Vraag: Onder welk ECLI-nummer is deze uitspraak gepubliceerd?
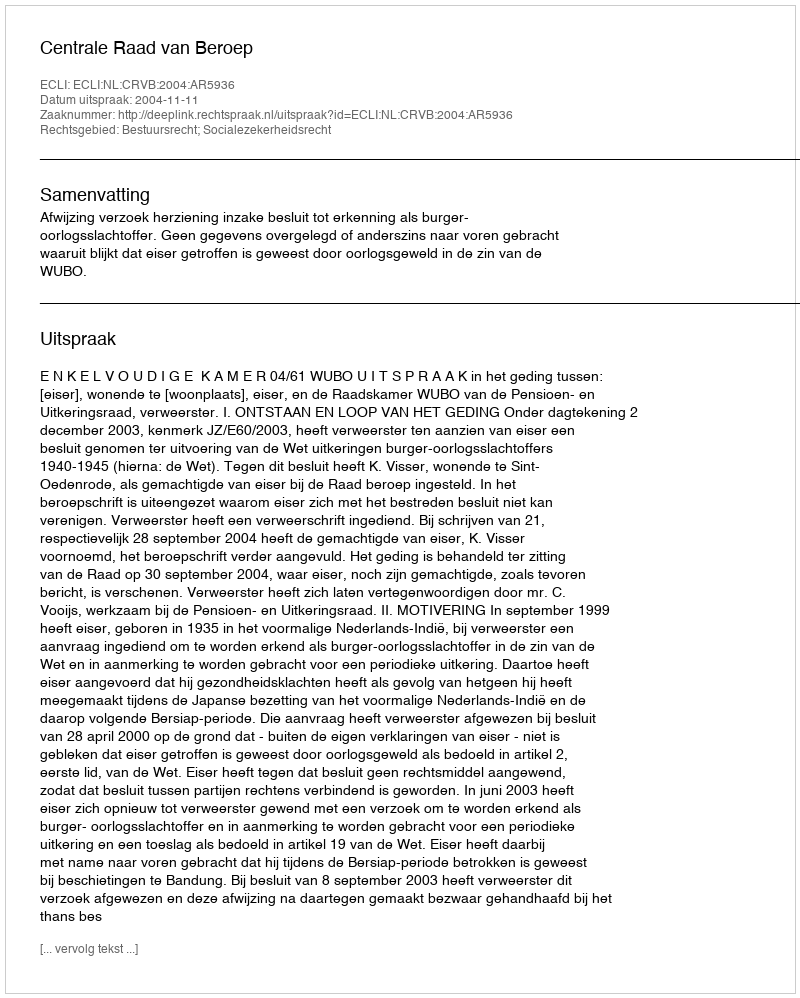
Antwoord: ECLI:NL:CRVB:2004:AR5936